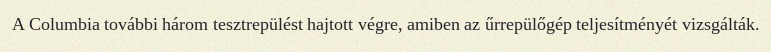
A Columbia további három tesztrepülést hajtott végre, amiben az űrrepülőgép teljesítményét vizsgálták.